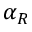
\alpha _ { R }